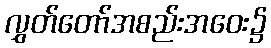
လွှတ်တော်အစည်းအဝေး၌